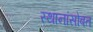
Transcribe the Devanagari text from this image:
स्थानांसोबत